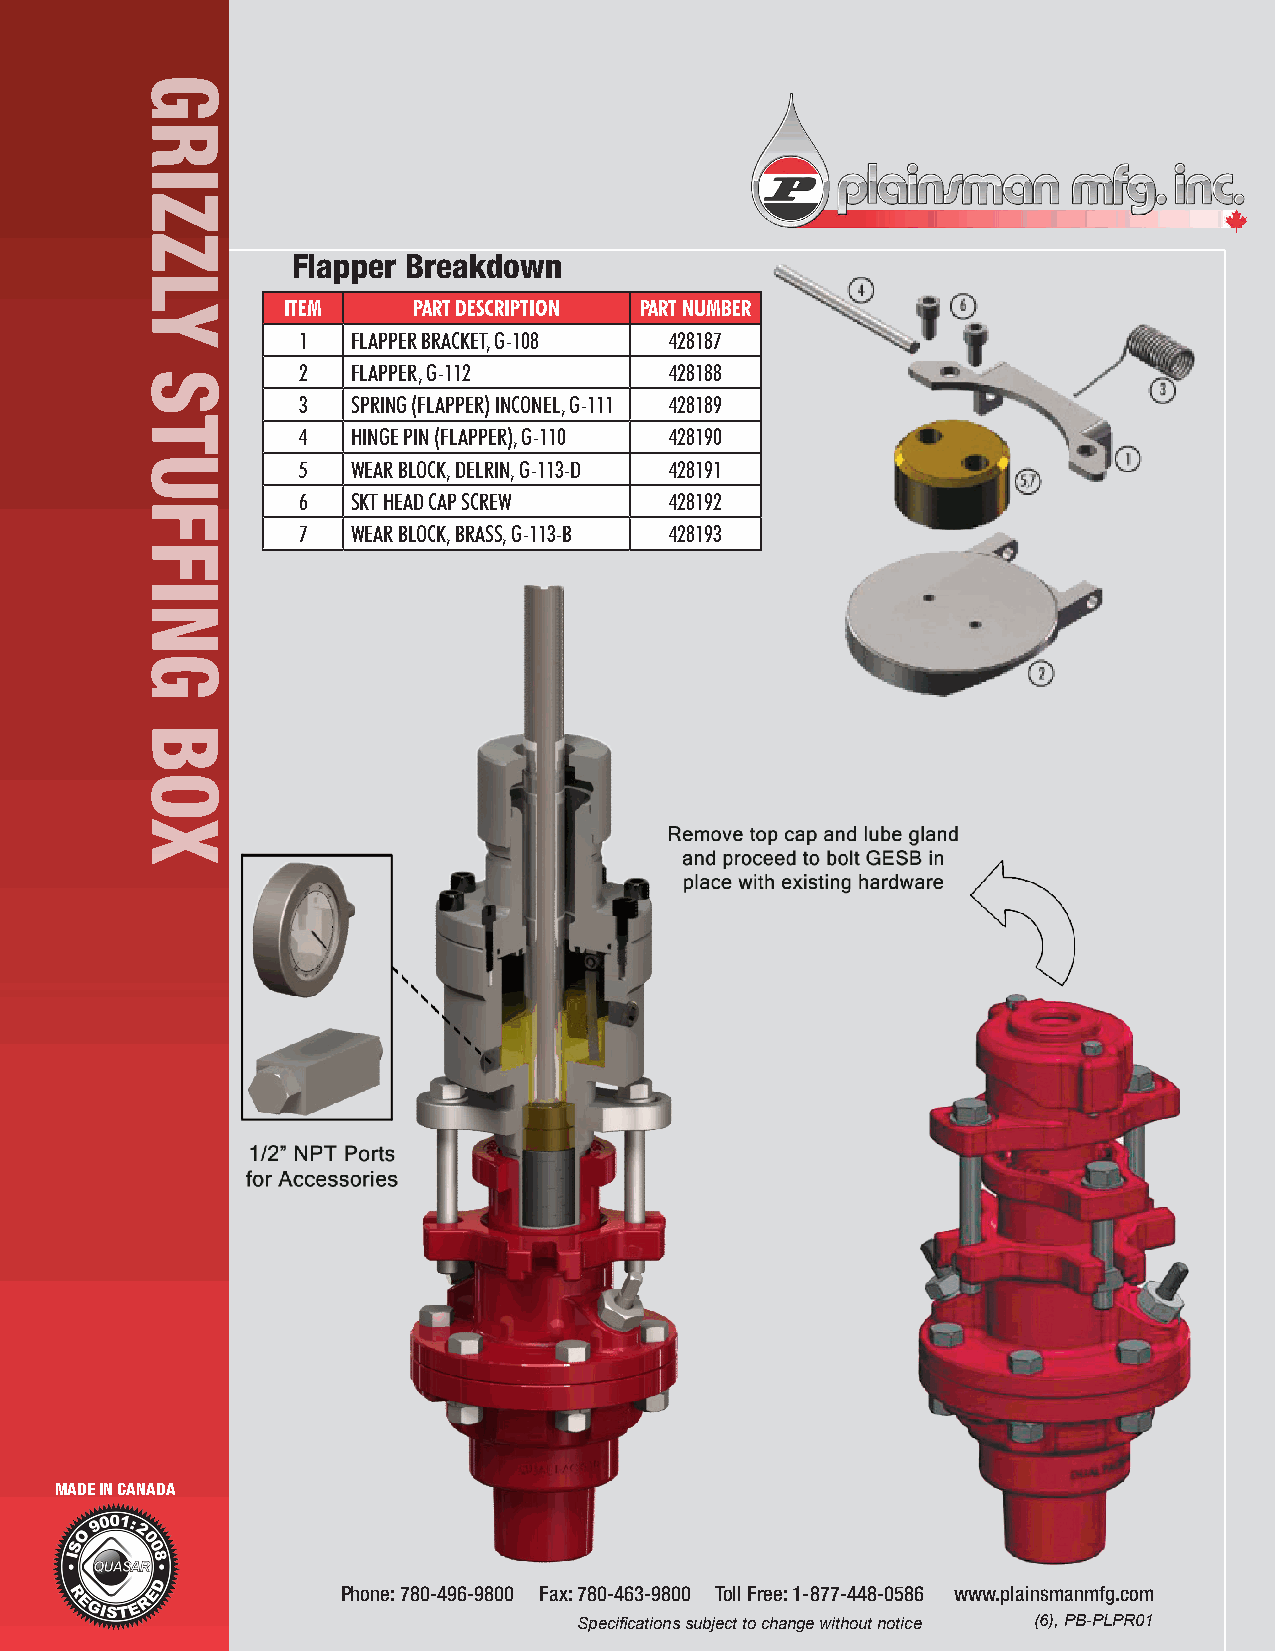
Flapper Breakdown
 ITEM    PART DESCRIPTION PART NUMBER
 1  FLAPPER BRACKET, G-108 428187
 2  FLAPPER, G-112       428188
 3  SPRING (FLAPPER) INCONEL, G-111 428189
 4  HINGE PIN (FLAPPER), G-110 428190
 5  WEAR BLOCK, DELRIN, G-113-D 428191
 6  SKT HEAD CAP SCREW   428192
 7  WEAR BLOCK, BRASS, G-113-B 428193
 MADE IN CANADA
 Phone: 780-496-9800 Fax: 780-463-9800 Toll Free: 1-877-448-0586 www.plainsmanmfg.com
 Specifications subject to change without notice (6), PB-PLPR01
 GRIZZLY
 STUFFING
 BOX